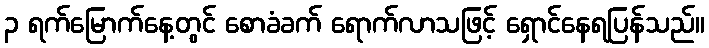
၃ ရက်မြောက်နေ့တွင် စောခံခက် ရောက်လာသဖြင့် ရှောင်နေရပြန်သည်။